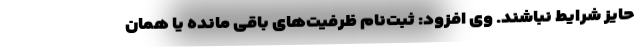
حایز شرایط نباشند. وی افزود: ثبت‌نام ظرفیت‌های باقی مانده یا همان